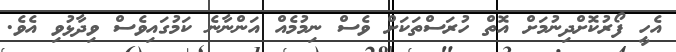
އެހީ ފޯރުކޮށްދިނުމަށް އޮތް ހުރަސްތަކަށް ވެސް ނިމުމެއް އަންނާނެ ކަމުގައިވެސް ވިދާޅުވި އެވެ.